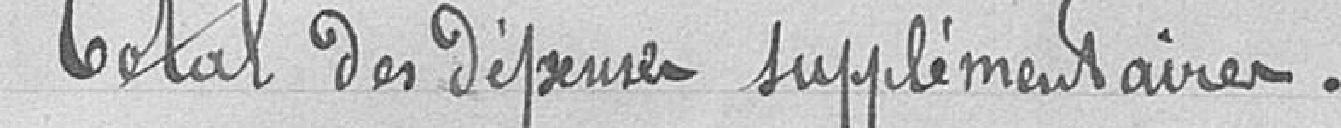
Total des dépenses supplémentaires